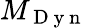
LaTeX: M_{\mathrm{~D~y~n~}}